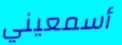
أسمعيني